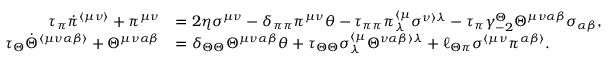
\begin{array} { r l } { \tau _ { \pi } \dot { \pi } ^ { \langle \mu \nu \rangle } + \pi ^ { \mu \nu } } & { = 2 \eta \sigma ^ { \mu \nu } - \delta _ { \pi \pi } \pi ^ { \mu \nu } \theta - \tau _ { \pi \pi } \pi _ { \lambda } ^ { \langle \mu } \sigma ^ { \nu \rangle \lambda } - \tau _ { \pi } \gamma _ { - 2 } ^ { \Theta } \Theta ^ { \mu \nu \alpha \beta } \sigma _ { \alpha \beta } , } \\ { \tau _ { \Theta } \dot { \Theta } ^ { \langle \mu \nu \alpha \beta \rangle } + \Theta ^ { \mu \nu \alpha \beta } } & { = \delta _ { \Theta \Theta } \Theta ^ { \mu \nu \alpha \beta } \theta + \tau _ { \Theta \Theta } \sigma _ { \lambda } ^ { \langle \mu } \Theta ^ { \nu \alpha \beta \rangle \lambda } + \ell _ { \Theta \pi } \sigma ^ { \langle \mu \nu } \pi ^ { \alpha \beta \rangle } . } \end{array}